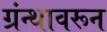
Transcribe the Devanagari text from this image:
ग्रंन्थावरून